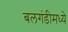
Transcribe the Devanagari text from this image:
बलगंडीमध्ये